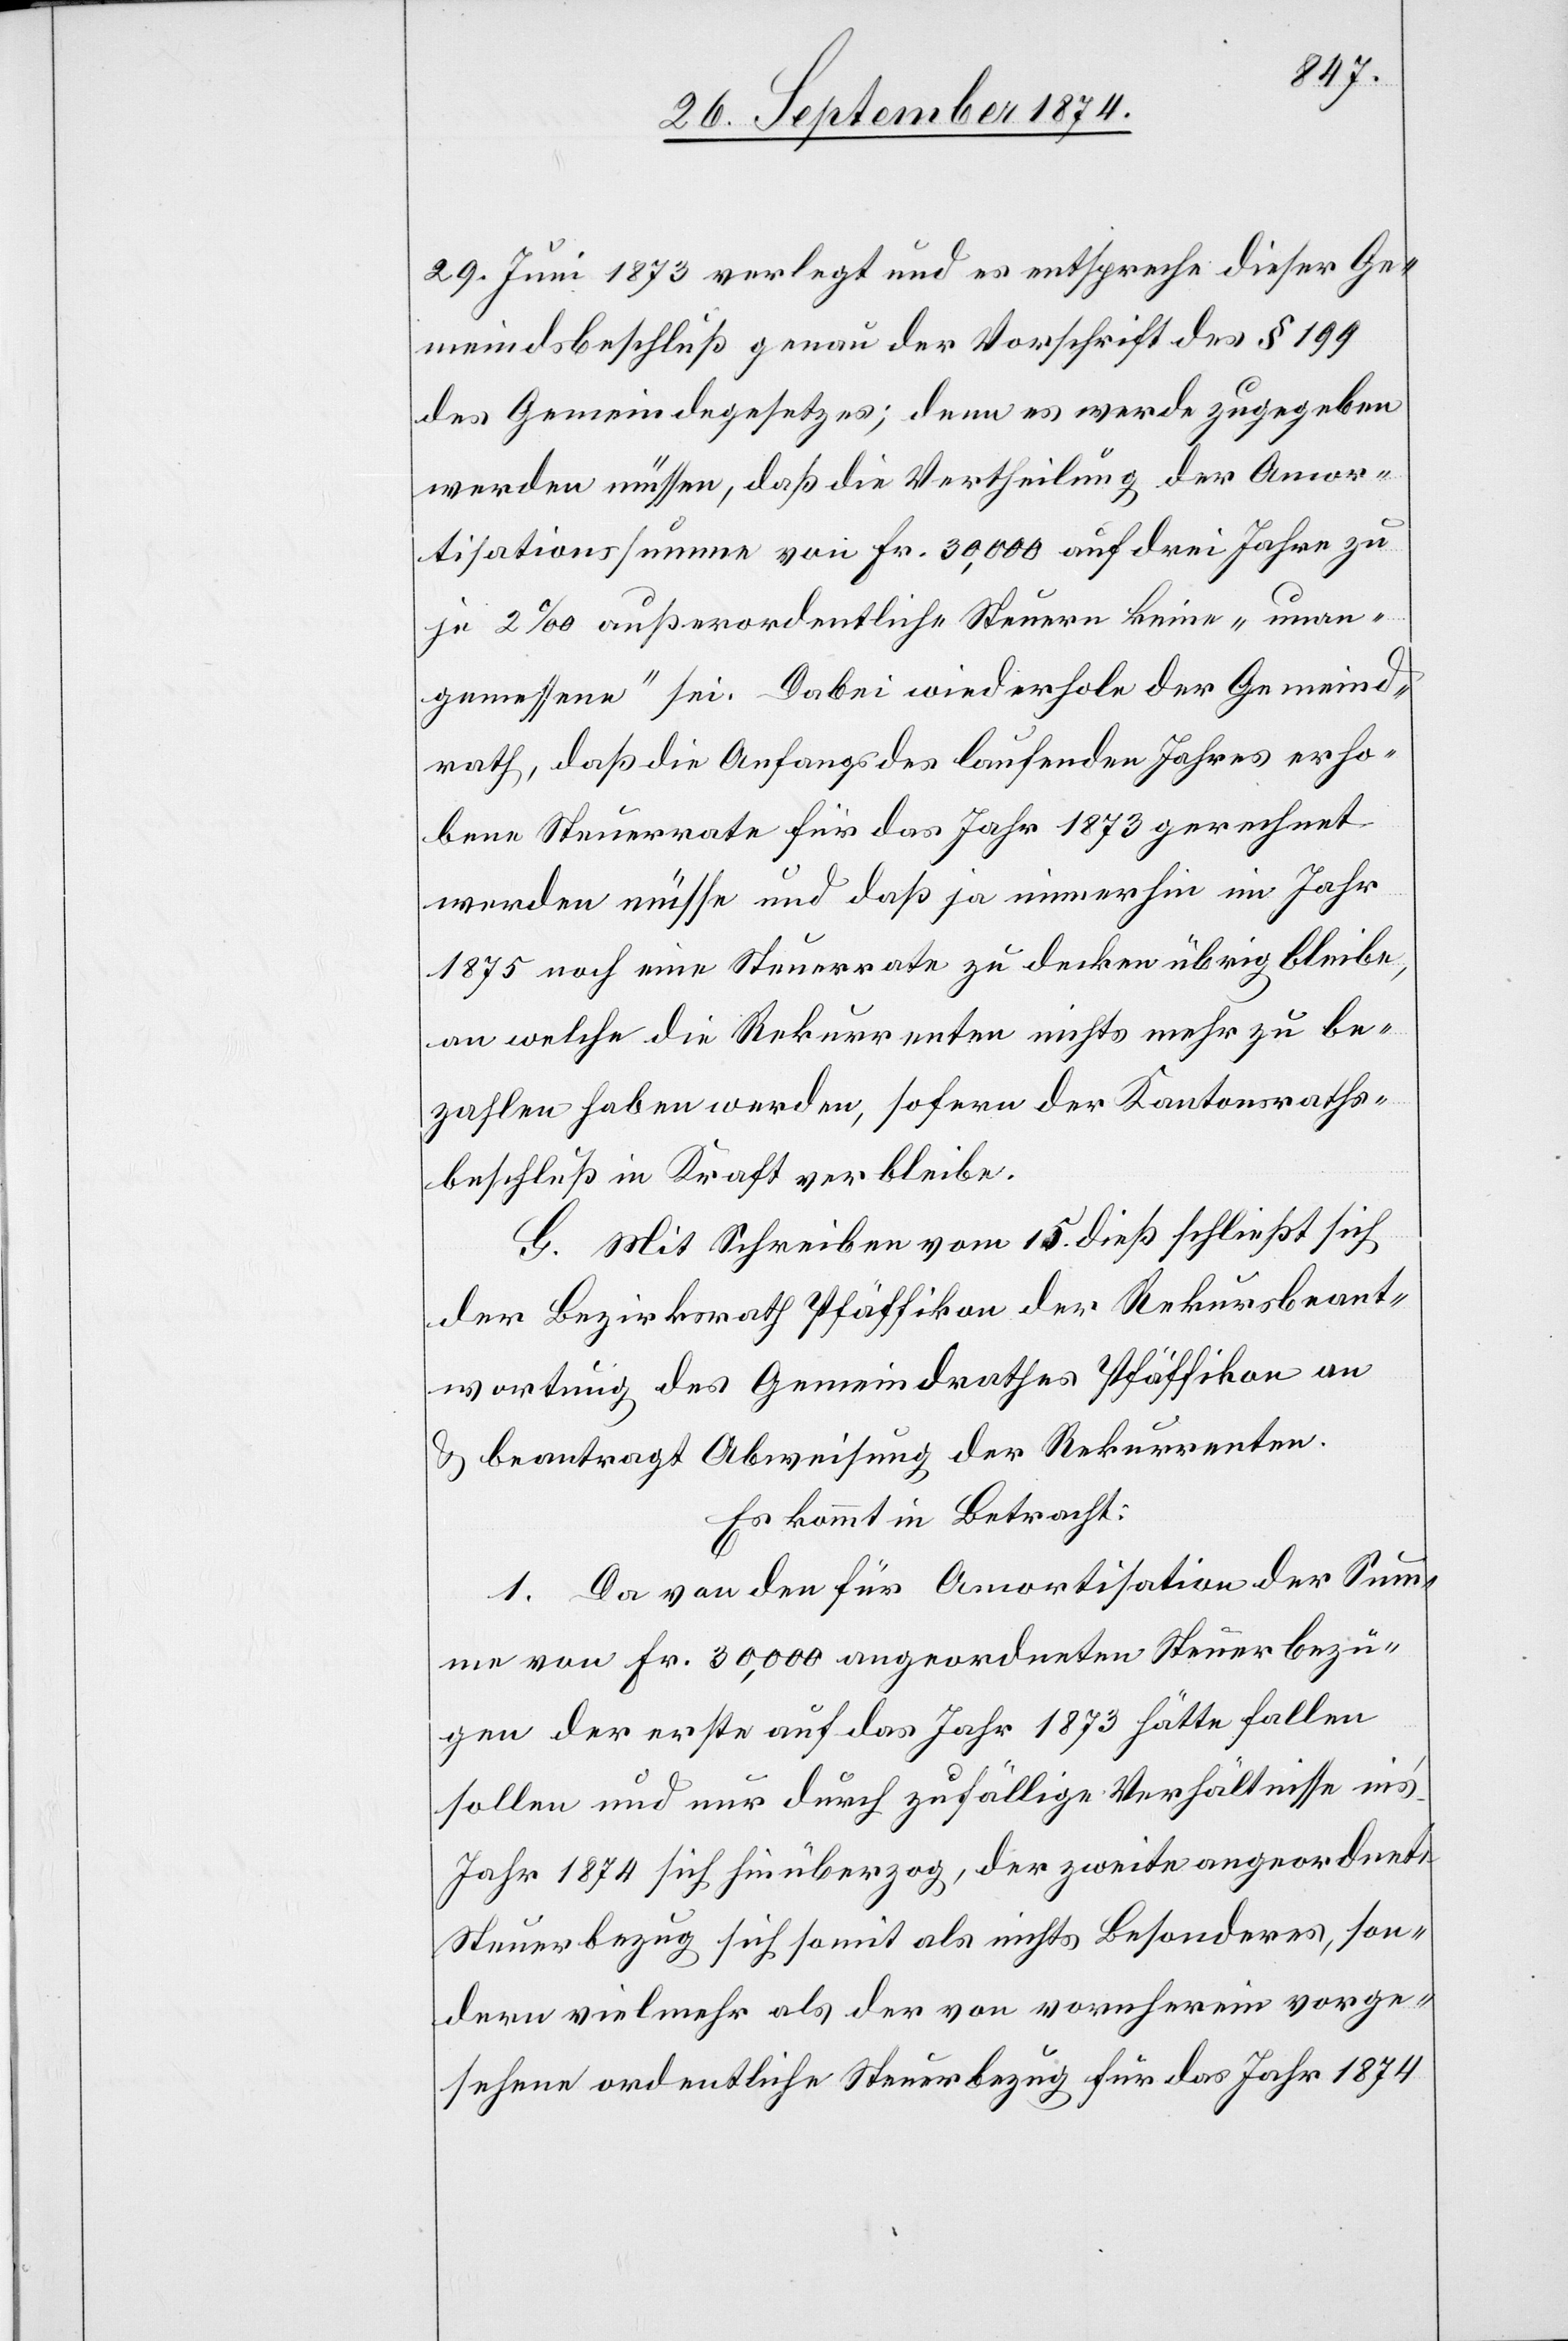
29. Juni 1873 verlegt und es entspreche dieser Ge¬
meindsbeschluß genau der Vorschrift des § 199
des Gemeindegesetzes; denn es werde zugegeben
werden müssen, daß die Vertheilung der Amor¬
tisationssumme von Fr. 30,000 auf drei Jahre zu
je 2‰ außerordentliche Steuern keine „unan¬
gemessene“ sei. Dabei wiederhole der Gemeind¬
rath, daß die Anfangs des laufenden Jahres erho¬
bene Steuerrate für das Jahr 1873 gerechnet
werden müsse und daß ja immerhin im Jahr
1875 noch eine Steuerrate zu decken übrig bleibe,
an welche die Rekurrenten nichts mehr zu be¬
zahlen haben werden, sofern der Kantonsraths¬
beschluß in Kraft verbleibe.
G. Mit Schreiben vom 15. dieß schließt sich
der Bezirksrath Pfäffikon der Rekursbeant¬
wortung des Gemeindrathes Pfäffikon an
& beantragt Abweisung der Rekurrenten.
Es kommt in Betracht:
1. Da von den für Amortisation der Sum¬
me von Fr. 30,000 angeordneten Steuerbezü¬
gen der erste auf das Jahr 1873 hätte fallen
sollen und nur durch zufällige Verhältnisse in’s
Jahr 1874 sich hinüberzog, der zweite angeordnete
Steuerbezug sich somit als nichts Besonderes, son¬
dern vielmehr als der von vornherein vorge¬
sehene ordentliche Steuerbezug für das Jahr 1874